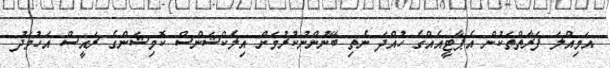
އަމިއްލަ ފަރާތްތަކުން އެޕާޓީއެއްގެ ހުއްދަ ނެތި ބޭނުންނުކުރުމަށް އިލެކްޝަންސް ކޮމިޝަންގެ ރައީސް އަހުމަދު